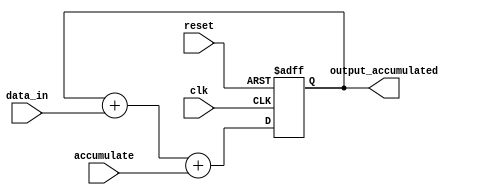
module fixed_point_accumulator (
    input wire clk,
    input wire reset,
    input wire [31:0] data_in,
    input wire [31:0] accumulate,
    output wire [31:0] output_accumulated
);

reg [31:0] accumulator;

always @(posedge clk or posedge reset)
begin
    if (reset)
        accumulator <= 0;
    else
        accumulator <= accumulator + data_in + accumulate;
end

assign output_accumulated = accumulator;

endmodule